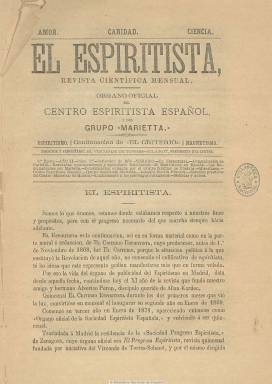
Título: El Espiritista (Madrid)
Colección: Espiritismo
Ámbito geográfico: Madrid
Lugar de publicación: Madrid
Fechas: 01/09/1878-16/05/1880

Su editor y propietario es el segundo vizconde de Torres-Solanot (Antonio Torres-Solanot y Casas), que en 1871 había fundido su periódico -El progreso espiritista (Zaragoza: 1870-1871)- con El criterio espiritista (Madrid: 1868-1878), considerado este el decano de la prensa espiritista española. Subtitulado “revista científica mensual” y órgano oficial del Centro Espiritista Español y del Grupo Marietta, se considera continuador del fundado por Alverico Perón (seudónimo de Enrique Pastor y Bedoya).

En su cabecera aparecen los lemas amor, caridad, ciencia y, también, magnetismo, y es órgano oficial del Centro Espiritista Español y del Grupo Marietta, fundados ambos, asimismo, por Torres-Solanot, que llegaría a dirigir otros periódicos, alguno de carácter librepensador, y fomentar también las primeras escuelas laicas. Torres-Solanot ya venía dirigiendo El criterio espiritista desde 1872 y, en 1874, se le había cedido su propiedad, hasta que en 1878 se produce la primera escisión en el movimiento espiritista español.

Continua la secuencia y hasta la paginación de su predecesor (indicando que se trata de la tercer época de El criterio espiritista), y en entregas mensuales de 24 páginas inserta artículos doctrinales y de divulgación de la nueva filosofía fundada por el francés Allan Kardec (1804-1869), así como noticias y avisos sobre la actividad de este movimiento tanto a nivel nacional como internacional, comunicaciones de los centros provinciales y de sesiones ‘mediúmnicas’, comentarios de libros y revistas polémicas de prensa. Inserta, también, un par de grabados.

En el año 1880 fue estampado en la Imprenta Aragonesa, de Zaragoza, cuya colección se encuentra en la Hemeroteca Municipal de Madrid. Fue continuado por La fraternidad universal (1893-1894), al expresar este en su cabecera que se trata de la “segunda época” de El criterio espiritista.

[Descripción modificada el 29/07/2024]